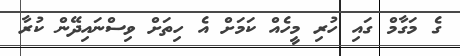
ގެ މަގާމް ގައި ހުރި މީހެއް ކަމަށް އެ ހިތަށް ވިސްނައިދޭން ކުރާ